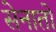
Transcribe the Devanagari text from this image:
सेनातो